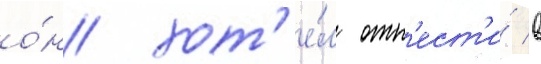
о́н хот'е́л отн'ест'и́ в